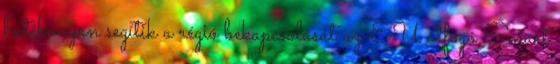
hatékonyan segítik a régió bekapcsolását az EU átfogó Smart